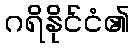
ဂရိနိုင်ငံ၏